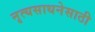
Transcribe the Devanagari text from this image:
नृत्यसाधनेसाठी